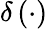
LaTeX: \delta\left(\cdot\right)